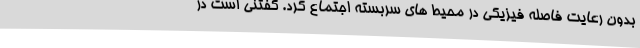
بدون رعایت فاصله فیزیکی در محیط های سربسته اجتماع کرد. گفتنی است در